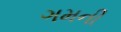
ગમની